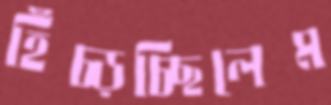
হিঁচ্‌ড়চ্ছিলেম